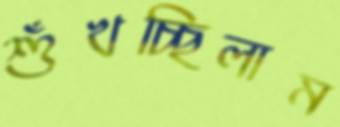
শুঁখচ্ছিলাম